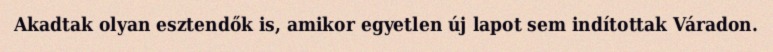
Akadtak olyan esztendők is, amikor egyetlen új lapot sem indítottak Váradon.